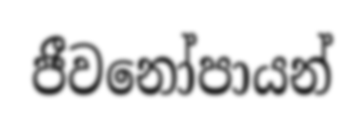
ජීවනෝපායන්